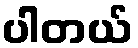
ပါတယ်